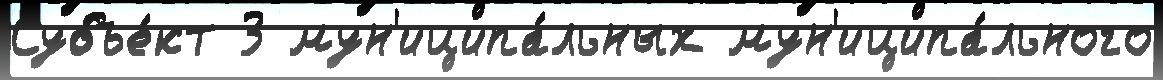
Субъе́кт 3 мун'иципа́льных мун'иципа́льного